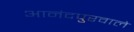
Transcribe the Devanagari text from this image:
आनंदपुरवाले